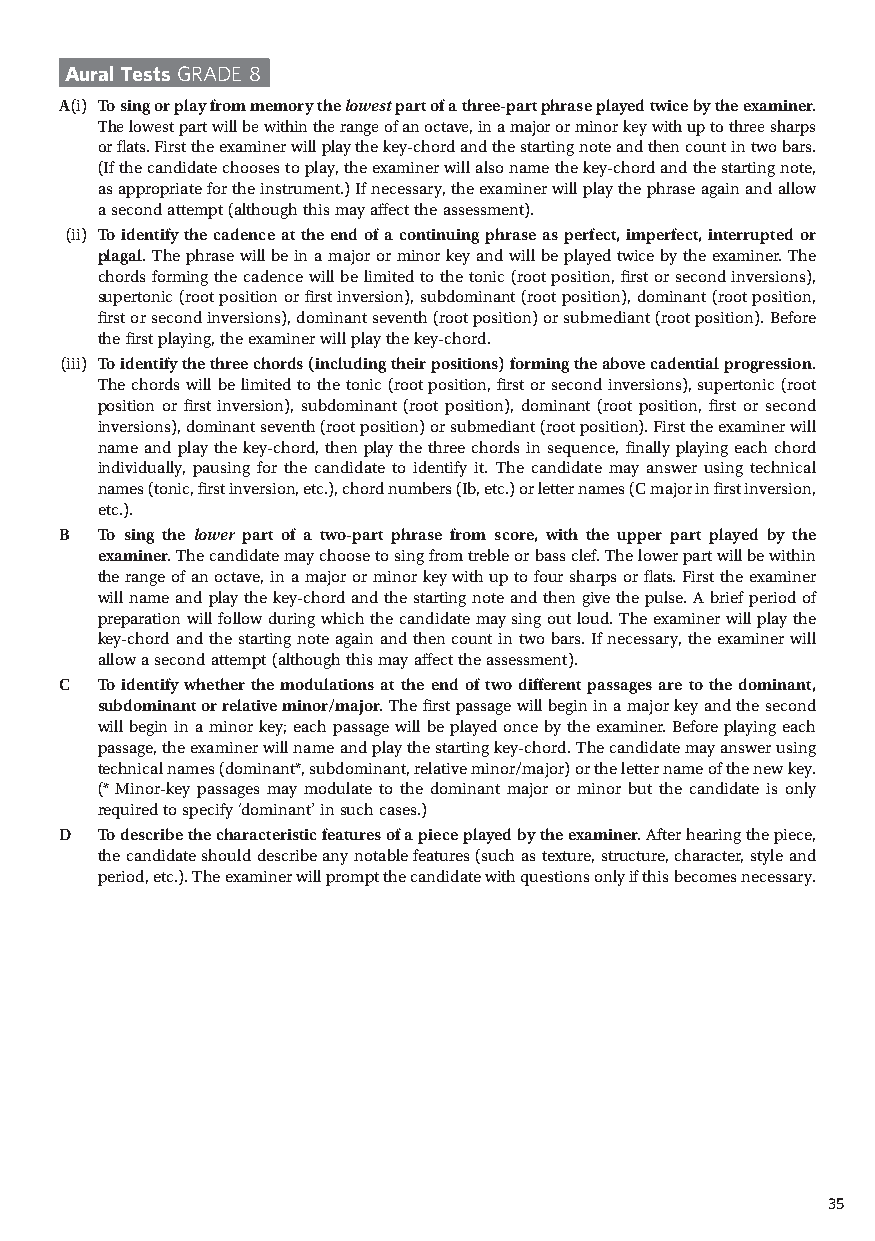
Aural Tests GRADE 8
 A (i) To sing or play from memory the lowest part of a three-part phrase played twice by the examiner.
 T he lowest part will be within the range of an octave, in a major or minor key with up to three sharps
 or flats. First the examiner will play the key-chord and the starting note and then count in two bars.
 (If the candidate chooses to play, the examiner will also name the key-chord and the starting note,
 as appropriate for the instrument.) If necessary, the examiner will play the phrase again and allow
 a second attempt (although this may affect the assessment).
 (ii) To identify the cadence at the end of a continuing phrase as perfect, imperfect, interrupted or
 plagal. T he phrase will be in a major or minor key and will be played twice by the examiner. T he
 chords forming the cadence will be limited to the tonic (root position, first or second inversions),
 supertonic (root position or first inversion), subdominant (root position), dominant (root position,
 first or second inversions), dominant seventh (root position) or submediant (root position). Before
 the first playing, the examiner will play the key-chord.
 (iii) To identify the three chords (including their positions) forming the above cadential progression.
 T he chords will be limited to the tonic (root position, first or second inversions), supertonic (root
 position or first inversion), subdominant (root position), dominant (root position, first or second
 inversions), dominant seventh (root position) or submediant (root position). First the examiner will
 name and play the key-chord, then play the three chords in sequence, finally playing each chord
 individually, pausing for the candidate to identify it. T he candidate may answer using technical
 names (tonic, first inversion, etc.), chord numbers (Ib, etc.) or letter names (C major in first inversion,
 etc.).
 B  To sing the lower part of a two-part phrase from score, with the upper part played by the
 examiner. T he candidate may choose to sing from treble or bass clef. T he lower part will be within
 the range of an octave, in a major or minor key with up to four sharps or flats. First the examiner
 will name and play the key-chord and the starting note and then give the pulse. A brief period of
 preparation will follow during which the candidate may sing out loud. T he examiner will play the
 key-chord and the starting note again and then count in two bars. If necessary, the examiner will
 allow a second attempt (although this may affect the assessment).
 C  To identify whether the modulations at the end of two different passages are to the dominant,
 subdominant or relative minor/major. T he first passage will begin in a major key and the second
 will begin in a minor key; each passage will be played once by the examiner. Before playing each
 passage, the examiner will name and play the starting key-chord. T he candidate may answer using
 technical names (dominant*, subdominant, relative minor/major) or the letter name of the new key.
 (* Minor-key passages may modulate to the dominant major or minor but the candidate is only
 required to specify ‘dominant’ in such cases.)
 D  To describe the characteristic features of a piece played by the examiner. After hearing the piece,
 the candidate should describe any notable features (such as texture, structure, character, style and
 period, etc.). T he examiner will prompt the candidate with questions only if this becomes necessary.
 35